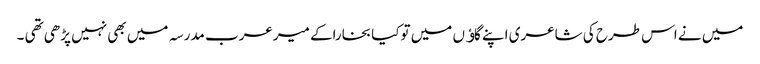
میں نے اس طرح کی شاعری اپنے گاﺅں میں توکیا بخاراکے میرعرب مدرسہ میں بھی نہیں پڑھی تھی ۔